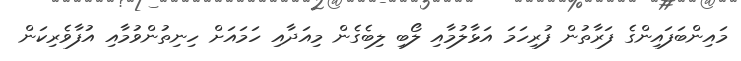
މައިންބަފައިންގެ ފަރާތުން ފުރިހަމަ އަޅާލުމާއި ލޯބި ލިބެގެން މިއަދާއި ހަމައަށް ހިނިތުންވުމާއި އުފާވެރިކަން